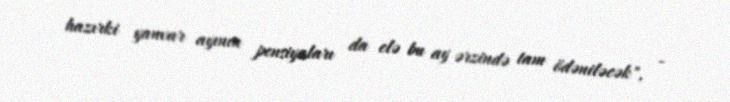
hazırki yanvar ayının pensiyaları da elə bu ay ərzində tam ödəniləcək", -